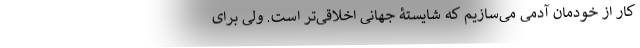
کار از خودمان آدمی می‌سازیم که شایستۀ جهانی اخلاقی‌تر است. ولی برای